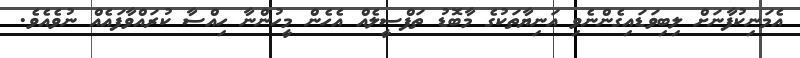
އެމަނިކުފާނަށް ލިބިވަޑައިގެންނެވި އަނިޔާތަކުގެ މާބޮޑު ތަފްސީލެއް އެހެން މީހުންނާ ހިއްސާ ކުރައްވާފައެއް ނުވެއެވެ.